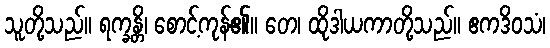
သူတို့သည်။ ရက္ခန္တိ၊ စောင့်ကုန်၏။ တေ၊ ထိုဒါယကာတို့သည်။ ဧကဒိဝသံ၊